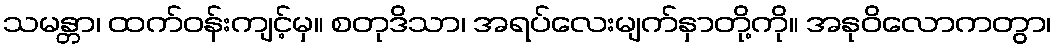
သမန္တာ၊ ထက်ဝန်းကျင့်မှ။ စတုဒိသာ၊ အရပ်လေးမျက်နှာတို့ကို။ အနုဝိလောကတွာ၊